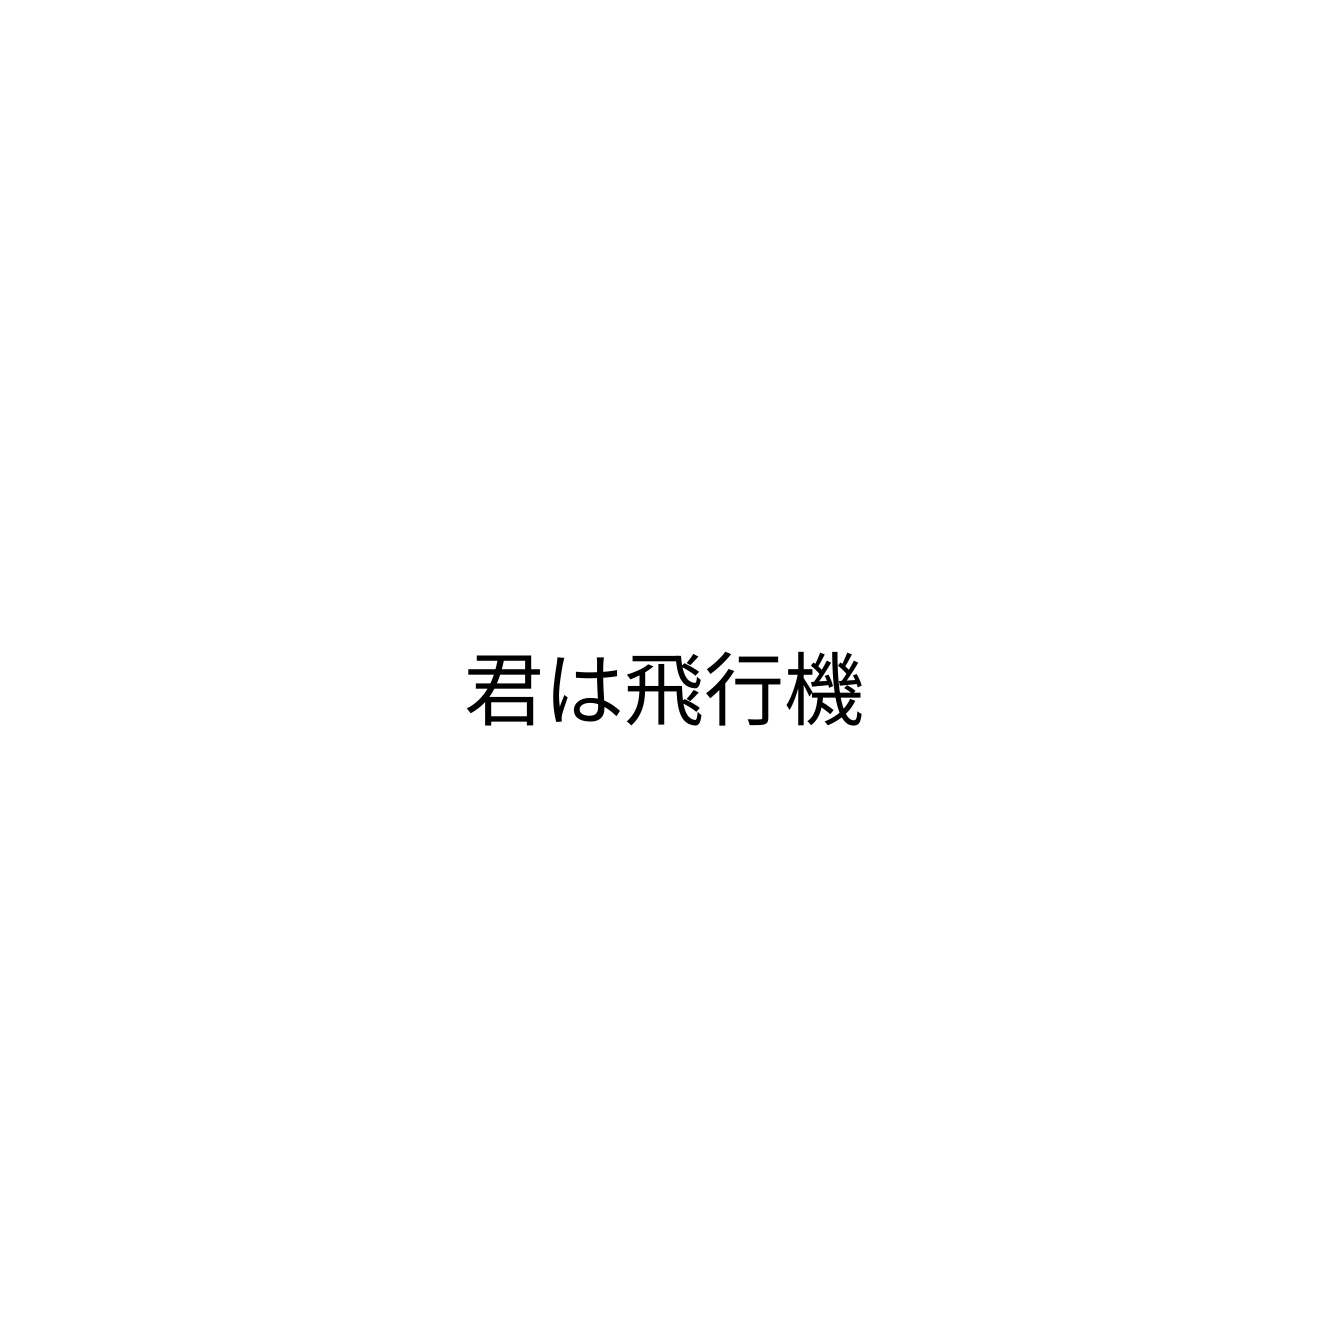
君は飛行機